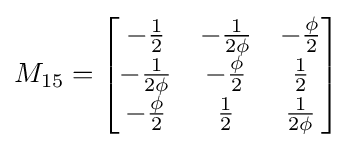
M_{15}={\begin{bmatrix}-{\frac {1}{2}}&-{\frac {1}{2\phi }}&-{\frac {\phi }{2}}\\-{\frac {1}{2\phi }}&-{\frac {\phi }{2}}&{\frac {1}{2}}\\-{\frac {\phi }{2}}&{\frac {1}{2}}&{\frac {1}{2\phi }}\end{bmatrix}}